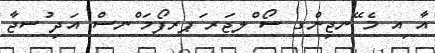
އާ ިއ މެ ޭނޖިންގ ސޯ ްލޖަރ ަޕރފޯމަ ްނސް އަދި ުސޖާ